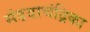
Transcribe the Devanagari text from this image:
संडवाचंद्रिका